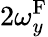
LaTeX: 2\omega_{y}^{\mathrm{F}}